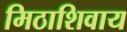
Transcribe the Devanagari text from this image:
मिठाशिवाय